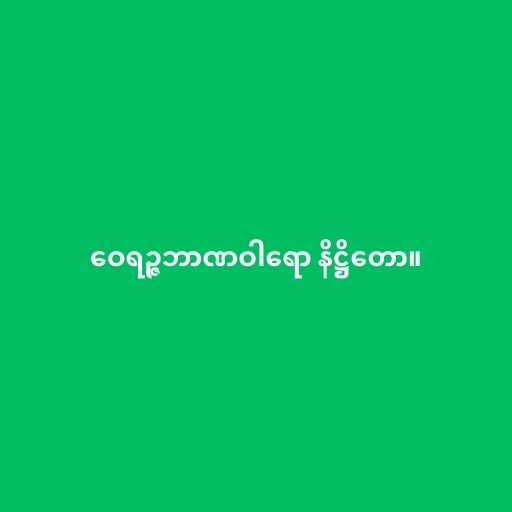
ဝေရဉ္ဇဘာဏဝါရော နိဋ္ဌိတော။